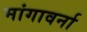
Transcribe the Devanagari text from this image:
मांगावर्ना